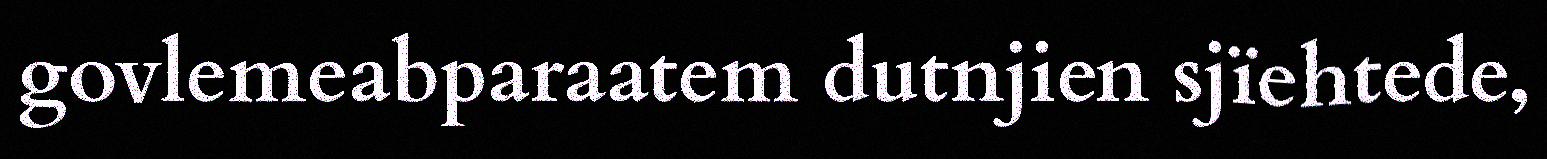
govlemeabparaatem dutnjien sjïehtede,